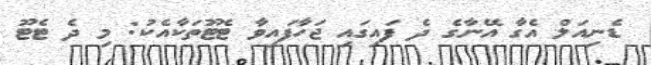
ޑެނިއަލް އެގާ އޭނާގެ ދެ ފައިގައި ޖަހާފައިވާ ޓެޓޫތަކާއެކު: މި ދެ ޓެޓޫ